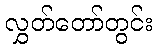
လွှတ်တော်တွင်း